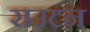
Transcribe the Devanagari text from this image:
राउटन